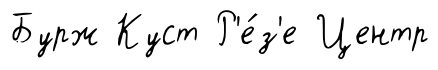
Бурж Куст Р'е́з'е Центр